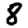
Digit: 8